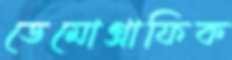
ডেমোগ্রাফিক